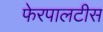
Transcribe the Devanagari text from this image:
फेरपालटीस